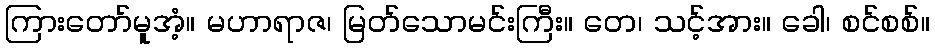
ကြားတော်မူအံ့။ မဟာရာဇ၊ မြတ်သောမင်းကြီး။ တေ၊ သင့်အား။ ခေါ၊ စင်စစ်။